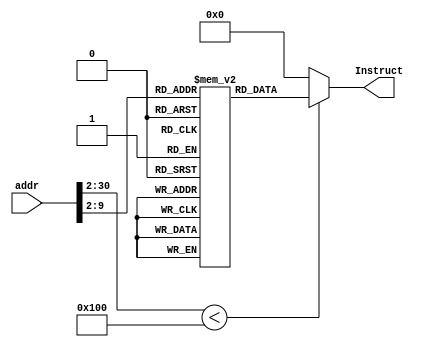
`timescale 1ns/1ns

module ROM (addr,Instruct);
//special: PC[30:0] is useful
input [30:0] addr;
output [31:0] Instruct;

localparam ROM_SIZE = 256;
reg [31:0] ROMDATA[ROM_SIZE-1:0];
assign Instruct = (addr[30:2] < ROM_SIZE)?ROMDATA[addr[30:2]]:32'b0;

integer i;
initial begin
ROMDATA[0] <= 32'h08000009;      //j
ROMDATA[1] <= 32'h08000030;      //j
ROMDATA[2] <= 32'h0800007c;      //j
ROMDATA[3] <= 32'h3c1d4000;      //lui
ROMDATA[4] <= 32'h20090003;      //addi
ROMDATA[5] <= 32'hafa90008;      //sw
ROMDATA[6] <= 32'h001ff840;      //sll
ROMDATA[7] <= 32'h001ff842;      //srl
ROMDATA[8] <= 32'h03e00008;      //jr
ROMDATA[9] <= 32'h0c000003;      //jal
ROMDATA[10] <= 32'h20140010;      //addi
ROMDATA[11] <= 32'h20130008;      //addi
ROMDATA[12] <= 32'h20120001;      //addi
ROMDATA[13] <= 32'h20110000;      //addi
ROMDATA[14] <= 32'hafa00008;      //sw
ROMDATA[15] <= 32'h3c15ffff;      //lui
ROMDATA[16] <= 32'h0015b403;      //sra
ROMDATA[17] <= 32'hafb60004;      //sw
ROMDATA[18] <= 32'h2015fa6e;      //addi
ROMDATA[19] <= 32'hafb50000;      //sw
ROMDATA[20] <= 32'h20160003;      //addi
ROMDATA[21] <= 32'hafb60008;      //sw
ROMDATA[22] <= 32'hafa0000c;      //sw
ROMDATA[23] <= 32'hafa00014;      //sw
ROMDATA[24] <= 32'h8fb00020;      //lw
ROMDATA[25] <= 32'h32100008;      //andi
ROMDATA[26] <= 32'h1613fffd;      //bne
ROMDATA[27] <= 32'h12200001;      //beq
ROMDATA[28] <= 32'h12320004;      //beq
ROMDATA[29] <= 32'h8fa4001c;      //lw
ROMDATA[30] <= 32'h00807020;      //add
ROMDATA[31] <= 32'h22310001;      //addi
ROMDATA[32] <= 32'h08000018;      //j
ROMDATA[33] <= 32'h8fa5001c;      //lw
ROMDATA[34] <= 32'h00a07820;      //add
ROMDATA[35] <= 32'h00a46022;      //sub
ROMDATA[36] <= 32'h05800003;      //bltz
ROMDATA[37] <= 32'h00055820;      //add
ROMDATA[38] <= 32'h00042820;      //add
ROMDATA[39] <= 32'h000b2020;      //add
ROMDATA[40] <= 32'h00852022;      //sub
ROMDATA[41] <= 32'h00a46022;      //sub
ROMDATA[42] <= 32'h0580fffd;      //bltz
ROMDATA[43] <= 32'h1480fff7;      //bne
ROMDATA[44] <= 32'hafa50018;      //sw
ROMDATA[45] <= 32'hafa5000c;      //sw
ROMDATA[46] <= 32'h20110000;      //addi
ROMDATA[47] <= 32'h08000018;      //j
ROMDATA[48] <= 32'h8fb80008;      //lw
ROMDATA[49] <= 32'h0000c820;      //add
ROMDATA[50] <= 32'h2339fff9;      //addi
ROMDATA[51] <= 32'h0319c824;      //and
ROMDATA[52] <= 32'hafb90008;      //sw
ROMDATA[53] <= 32'h8fa80014;      //lw
ROMDATA[54] <= 32'h00084202;      //srl
ROMDATA[55] <= 32'h20090008;      //addi
ROMDATA[56] <= 32'h200a0004;      //addi
ROMDATA[57] <= 32'h31cb000f;      //andi
ROMDATA[58] <= 32'h1109000c;      //beq
ROMDATA[59] <= 32'h20090004;      //addi
ROMDATA[60] <= 32'h200a0002;      //addi
ROMDATA[61] <= 32'h31eb00f0;      //andi
ROMDATA[62] <= 32'h000b5902;      //srl
ROMDATA[63] <= 32'h11090007;      //beq
ROMDATA[64] <= 32'h20090002;      //addi
ROMDATA[65] <= 32'h200a0001;      //addi
ROMDATA[66] <= 32'h31eb000f;      //andi
ROMDATA[67] <= 32'h11090003;      //beq
ROMDATA[68] <= 32'h200a0008;      //addi
ROMDATA[69] <= 32'h31cb00f0;      //andi
ROMDATA[70] <= 32'h000b5902;      //srl
ROMDATA[71] <= 32'h200d00c0;      //addi
ROMDATA[72] <= 32'h1160002b;      //beq
ROMDATA[73] <= 32'h200c0001;      //addi
ROMDATA[74] <= 32'h200d00f9;      //addi
ROMDATA[75] <= 32'h116c0028;      //beq
ROMDATA[76] <= 32'h200c0002;      //addi
ROMDATA[77] <= 32'h200d00a4;      //addi
ROMDATA[78] <= 32'h116c0025;      //beq
ROMDATA[79] <= 32'h200c0003;      //addi
ROMDATA[80] <= 32'h200d00b0;      //addi
ROMDATA[81] <= 32'h116c0022;      //beq
ROMDATA[82] <= 32'h200c0004;      //addi
ROMDATA[83] <= 32'h200d0099;      //addi
ROMDATA[84] <= 32'h116c001f;      //beq
ROMDATA[85] <= 32'h200c0005;      //addi
ROMDATA[86] <= 32'h200d0092;      //addi
ROMDATA[87] <= 32'h116c001c;      //beq
ROMDATA[88] <= 32'h200c0006;      //addi
ROMDATA[89] <= 32'h200d0082;      //addi
ROMDATA[90] <= 32'h116c0019;      //beq
ROMDATA[91] <= 32'h200c0007;      //addi
ROMDATA[92] <= 32'h200d00f8;      //addi
ROMDATA[93] <= 32'h116c0016;      //beq
ROMDATA[94] <= 32'h200c0008;      //addi
ROMDATA[95] <= 32'h200d0080;      //addi
ROMDATA[96] <= 32'h116c0013;      //beq
ROMDATA[97] <= 32'h200c0009;      //addi
ROMDATA[98] <= 32'h200d0090;      //addi
ROMDATA[99] <= 32'h116c0010;      //beq
ROMDATA[100] <= 32'h200c000a;      //addi
ROMDATA[101] <= 32'h200d0088;      //addi
ROMDATA[102] <= 32'h116c000d;      //beq
ROMDATA[103] <= 32'h200c000b;      //addi
ROMDATA[104] <= 32'h200d0083;      //addi
ROMDATA[105] <= 32'h116c000a;      //beq
ROMDATA[106] <= 32'h200c000c;      //addi
ROMDATA[107] <= 32'h200d00c6;      //addi
ROMDATA[108] <= 32'h116c0007;      //beq
ROMDATA[109] <= 32'h200c000d;      //addi
ROMDATA[110] <= 32'h200d00a1;      //addi
ROMDATA[111] <= 32'h116c0004;      //beq
ROMDATA[112] <= 32'h200c000e;      //addi
ROMDATA[113] <= 32'h200d0086;      //addi
ROMDATA[114] <= 32'h116c0001;      //beq
ROMDATA[115] <= 32'h200d008e;      //addi
ROMDATA[116] <= 32'h000a5200;      //sll
ROMDATA[117] <= 32'h014d4020;      //add
ROMDATA[118] <= 32'hafa80014;      //sw
ROMDATA[119] <= 32'h8fb80008;      //lw
ROMDATA[120] <= 32'h20190002;      //addi
ROMDATA[121] <= 32'h0319c825;      //or
ROMDATA[122] <= 32'hafb90008;      //sw
ROMDATA[123] <= 32'h03400008;      //jr
ROMDATA[124] <= 32'h00000000;      //sll
end
endmodule